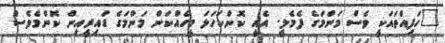
"ހަފިއްތައަކީ ވެސް މަންމަގެ ފެމެލީ. އެއީ ކޮންކަހަލަ މީހެއްކަން މަންމަގެ ޑައިރީއިން ކޮންމެވެސް